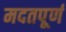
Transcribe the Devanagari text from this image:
मदतपूर्ण